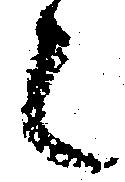
々